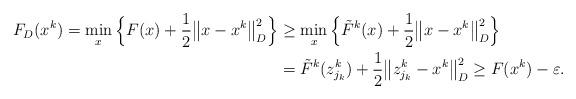
LaTeX: \begin{align*}\begin{aligned}F_D(x^k) = \min_x\Big\{F(x) + \frac{1}{2}\big\|x - x^k\big\|^2_D \Big\} &\geq\min_x \Big\{\tilde{F}^k(x) + \frac{1}{2}\big\|x - x^k\big\|^2_D \Big\}\\ &= \tilde{F}^k (z^k_{j_k}) + \frac{1}{2}\big\|z^k_{j_k} - x^k\big\|^2_D \geq F(x^k) - \varepsilon.\end{aligned}\end{align*}